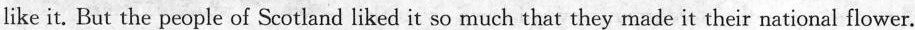
like it. But the people of Scotland liked it so much that they made it their national flower.